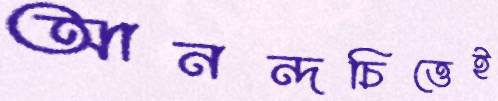
আনন্দচিত্তেই